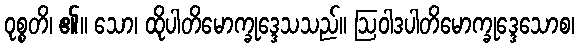
ဝုစ္စတိ၊ ၏။ သော၊ ထိုပါတိမောက္ခုဒ္ဒေသသည်။ ဩဝါဒပါတိမောက္ခုဒ္ဒေသောစ၊